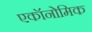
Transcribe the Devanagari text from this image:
एकॉनोमिक